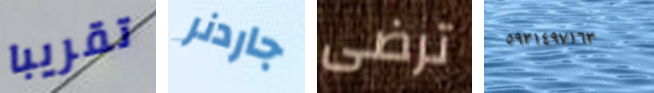
تقريبا جاردنر ترضى ٥٩٣١٤٩٧١٦٣